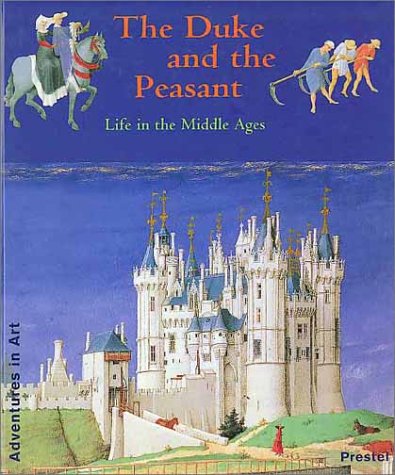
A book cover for The Duke and the Peasant: Life in the Middle Ages (Adventures in Art (Prestel)); Sister Wendy Beckett; Children's Books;